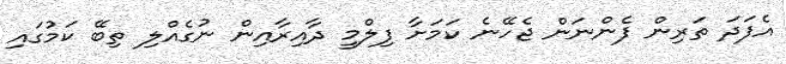
އެފަދަ ތަރިން ފެންނަން ޖެހޭނެ ކަމަށާ ފިލްމީ ދާއިރާއިން ނުގެއްލި ތިބޭ ކަމުގައި